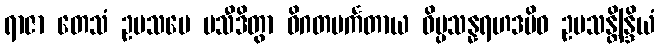
ရာဇာ တေသံ ဥပသမေ ပသီဒိတွာ ဝိဂတပင်္ကတာယ ဝိပ္ပသန္နရဟဒမိဝ ဥပသန္တိန္ဒြိယံ